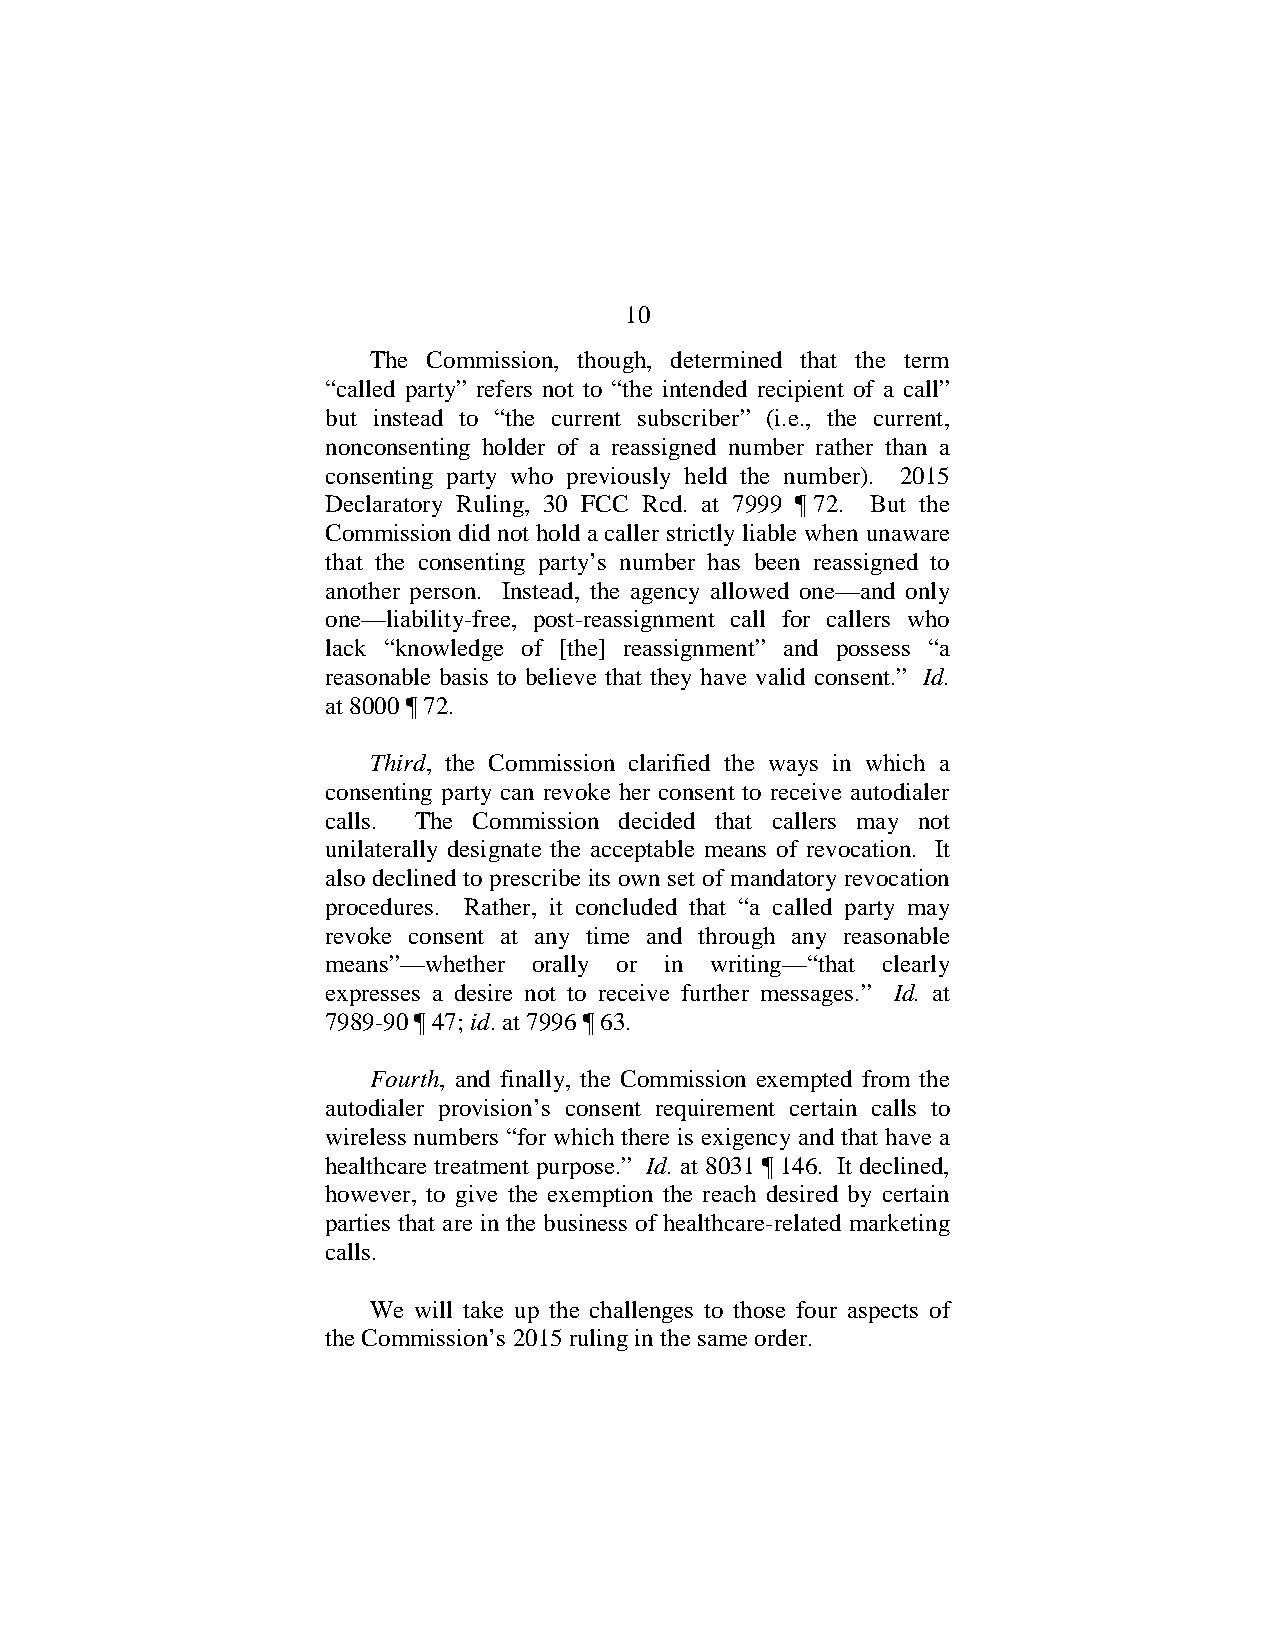
10
 The Commission, though, determined that the term
 “called party” refers not to “the intended recipient of a call”
 but instead to “the current subscriber” (i.e., the current,
 nonconsenting holder of a reassigned number rather than a
 consenting party who previously held the number). 2015
 Declaratory Ruling, 30 FCC Rcd. at 7999 ¶ 72. But the
 Commission did not hold a caller strictly liable when unaware
 that the consenting party’s number has been reassigned to
 another person. Instead, the agency allowed one—and only
 one—liability-free, post-reassignment call for callers who
 lack “knowledge of [the] reassignment” and possess “a
 reasonable basis to believe that they have valid consent.” Id.
 at 8000 ¶ 72.
 Third, the Commission clarified the ways in which a
 consenting party can revoke her consent to receive autodialer
 calls. The Commission decided that callers may not
 unilaterally designate the acceptable means of revocation. It
 also declined to prescribe its own set of mandatory revocation
 procedures. Rather, it concluded that “a called party may
 revoke consent at any time and through any reasonable
 means”—whether orally or in writing—“that clearly
 expresses a desire not to receive further messages.” Id. at
 7989-90 ¶ 47; id. at 7996 ¶ 63.
 Fourth, and finally, the Commission exempted from the
 autodialer provision’s consent requirement certain calls to
 wireless numbers “for which there is exigency and that have a
 healthcare treatment purpose.” Id. at 8031 ¶ 146. It declined,
 however, to give the exemption the reach desired by certain
 parties that are in the business of healthcare-related marketing
 calls.
 We will take up the challenges to those four aspects of
 the Commission’s 2015 ruling in the same order.